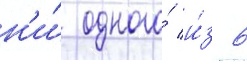
н'и́ одного́ и́з 6